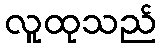
လူထုသည်